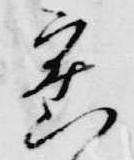
密